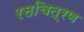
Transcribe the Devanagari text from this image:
रसचित्रण